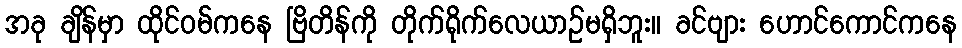
အခု ချိန်မှာ ထိုင်ဝမ်ကနေ ဗြိတိန်ကို တိုက်ရိုက်လေယာဉ်မရှိဘူး။ ခင်ဗျား ဟောင်ကောင်ကနေ